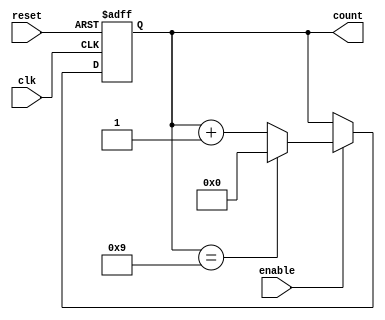
module modulus_counter #(
    parameter N = 10  // Modulus value (default is 10)
) (
    input wire clk,           // Clock input
    input wire reset,         // Asynchronous reset input
    input wire enable,        // Enable input
    output reg [N-1:0] count  // Counter output
);

    // Define the maximum count based on modulus N
    localparam MAX_COUNT = N - 1;

    always @(posedge clk or posedge reset) begin
        if (reset) begin
            count <= 0;  // Reset counter to 0
        end else if (enable) begin
            if (count == MAX_COUNT) begin
                count <= 0;  // Reset to 0 after reaching N-1
            end else begin
                count <= count + 1;  // Increment counter
            end
        end
    end

endmodule